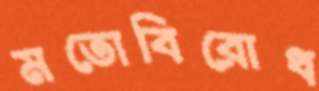
মতোবিরোধ